Indian Medical Review
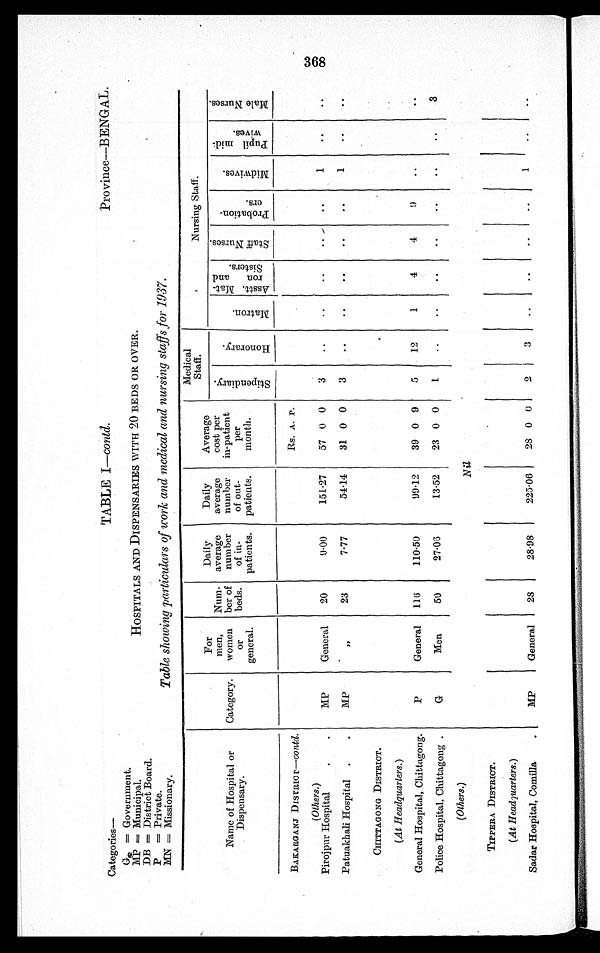
Categories—
TABLE I— contd.
Province—BENGAL.
G
= Government.
MP = Municipal.
HOSPITALS AND DISPENSARIES WITH 20 BEDS OR OVER.
DB = District Board.
P
= Private.
MN = Missionary.
Table showing particulars of work and medical and nursing staffs for 1937.
Name of Hospital or
Dispensary.
Category.
For
men,
women
or
general.
Num-
ber of
beds.
Daily
average
number
of in-
patients.
Daily
average
number
of out-
patients.
Average
cost per
in-patient
per
month.
Medical
Staff.
Nursing Staff.
S t i p e n d i a r y .
H o n o r a r y .
M a t r o n .
Asst . Mat -
ron and
Sisters.
S t a f f N u r s e s .
P r o b a t i o n -
e r s .
M i d w i v e s .
P u p i l m i d - w i v e s .
M a l e N u r s e s .
BAKARGANJ DISTRICT—contd.
Rs. A. P.
(Others.)
Pirojpur Hospital
MP
General
20
9·00
151·27
57 0 0
3
..
..
..
..
1
..
..
Patuakhali Hospital
MP
„
23
7·77
54·14
31 0 0
3
. .
..
..
..
..
1
. .
. .
CHITTAGONG DISTRICT.
(At Headquarters.)
General Hospital, Chittagong.
P
General
116
110·50
99·12
39 0 9
5
12
1
4
4
9
..
. .
. .
Police Hospital, Chittagong
G
Men
50
27·06
13·52
23 0 0
1
..
..
..
..
..
..
..
3
(Others.)
Nil
TIPPERA DISTRICT.
(At Headquarters.)
Sadar Hospital, Comilla
MP
General
28
28·98
225·06
28 0 0
2
3
..
..
..
..
1
1
. .